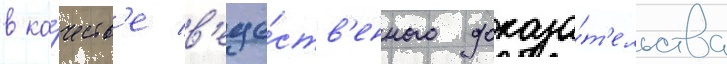
в ка́честв'е в'еще́ств'енного доказа́т'ельства